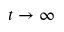
t \rightarrow \infty